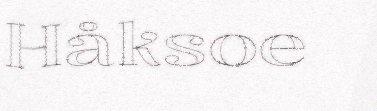
Håksoe